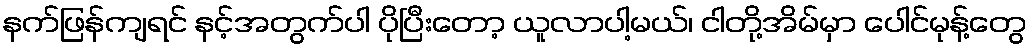
နက်ဖြန်ကျရင် နင့်အတွက်ပါ ပိုပြီးတော့ ယူလာပါ့မယ်၊ ငါတို့အိမ်မှာ ပေါင်မုန့်တွေ